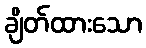
ချိတ်ထားသော